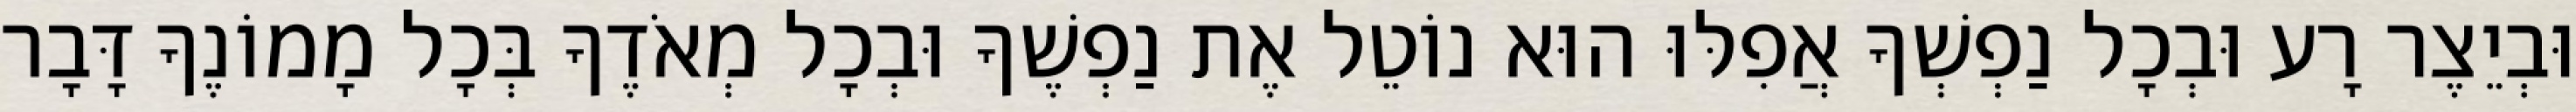
וּבְיֵצֶר רָע וּבְכָל נַפְשְׁךָ אֲפִלּוּ הוּא נוֹטֵל אֶת נַפְשֶׁךָ וּבְכָל מְאֹדֶךָ בְּכָל מָמוֹנֶךָ דָּבָר